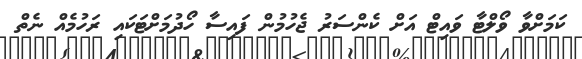
ކަމަށްވާ ވޯލްޓާ ވައިޓް އަށް ކެންސަރު ޖެހުމުން ފައިސާ ހޯދުމަށްޓަކައި ރަހުމެއް ނެތް